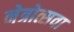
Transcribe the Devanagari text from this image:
नेत्रोत्सवा